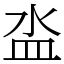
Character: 泴